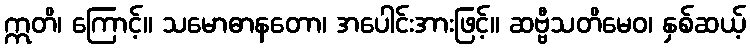
ဣတိ၊ ကြောင့်။ သမောဓာနတော၊ အပေါင်းအားဖြင့်။ ဆဗ္ဗီသတိမေဝ၊ နှစ်ဆယ့်